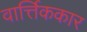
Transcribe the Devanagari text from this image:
वार्त्तिककार